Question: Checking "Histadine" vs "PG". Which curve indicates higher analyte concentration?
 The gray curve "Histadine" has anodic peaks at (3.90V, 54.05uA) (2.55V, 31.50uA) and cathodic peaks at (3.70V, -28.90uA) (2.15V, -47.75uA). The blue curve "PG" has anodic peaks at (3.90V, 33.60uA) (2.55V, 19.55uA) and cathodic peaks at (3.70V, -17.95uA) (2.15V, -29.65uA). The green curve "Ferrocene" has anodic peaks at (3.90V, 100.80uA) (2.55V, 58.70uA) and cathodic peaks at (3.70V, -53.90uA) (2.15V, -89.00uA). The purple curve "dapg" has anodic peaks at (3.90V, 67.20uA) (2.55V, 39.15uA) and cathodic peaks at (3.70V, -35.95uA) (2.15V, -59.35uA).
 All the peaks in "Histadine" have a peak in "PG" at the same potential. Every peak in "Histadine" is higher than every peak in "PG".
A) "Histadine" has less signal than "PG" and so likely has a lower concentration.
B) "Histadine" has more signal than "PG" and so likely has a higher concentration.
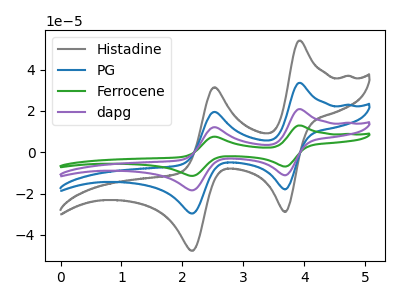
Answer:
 <answer>B) "Histadine" has more signal than "PG" and so likely has a higher concentration.</answer>
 <eval>B</eval>